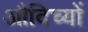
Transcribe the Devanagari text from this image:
औदिच्यों